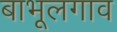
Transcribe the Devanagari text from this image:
बाभूलगाव